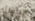
إحضار